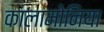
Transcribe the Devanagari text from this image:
कालामोनिया